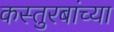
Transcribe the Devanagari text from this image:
कस्तुरबांच्या